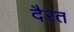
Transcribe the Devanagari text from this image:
दैरत